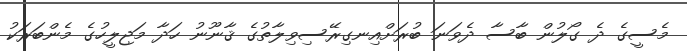
މެސީގެ ދެ ގޯލުން ބާސާ ދެވަނަ ބުރަށްއިނގިރޭސިވިލާތުގެ ޤާނޫނު ހަދާ މަޖިލީހުގެ މެންބަރަކު